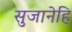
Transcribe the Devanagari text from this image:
सुजानेहि